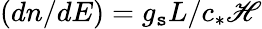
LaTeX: (dn/dE)=g_{\mathtt{s}}L/c_{*}\mathscr{H}